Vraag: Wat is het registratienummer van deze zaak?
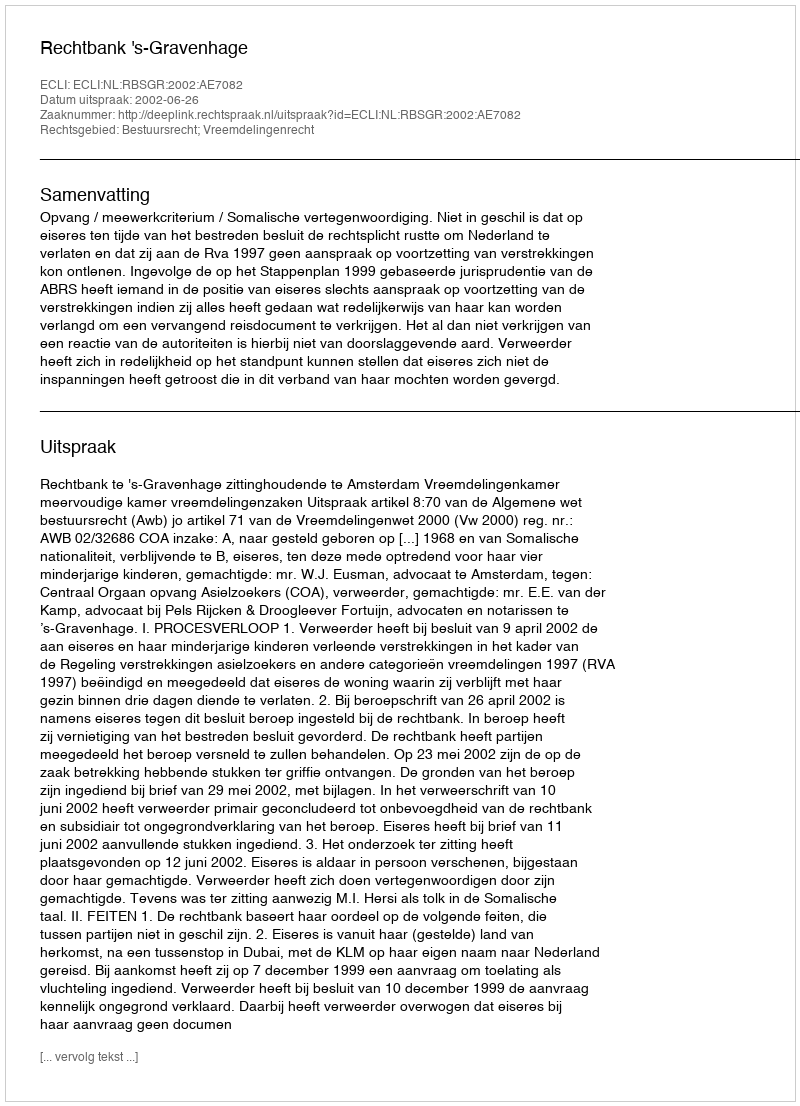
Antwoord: http://deeplink.rechtspraak.nl/uitspraak?id=ECLI:NL:RBSGR:2002:AE7082